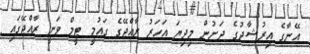
އޭނާގެ އިރުޝާދުގެ ދަށުން މިދިޔަ އަހަރު ރާއްޖޭގެ ގައުމީ ޓީމް ވަނީ ރާއްޖޭގައި